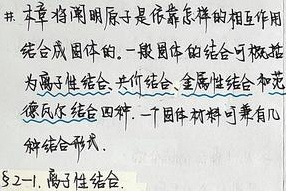
# 本章将阐明原子是依靠怎样的相互作用结合成固体的。一般固体的结合可概括为离子性结合、共价结合、金属性结合和范德瓦尔斯结合四种。一个固体材料可兼有几种结合形式。$\S 2 - 1$. 离子性结合.